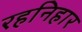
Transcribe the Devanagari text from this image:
रहनिहार